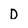
Character: D